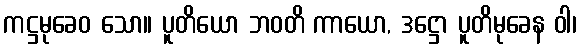
ကဋ္ဌမုခေဝ သော။ ပူတိယော ဘဝတိ ကာယော, ဒဋ္ဌော ပူတိမုခေန ဝါ၊